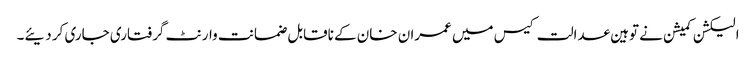
الیکشن کمیشن نے توہین عدالت کیس میں عمران خان کے ناقابل ضمانت وارنٹ گرفتاری جاری کر دیئے۔